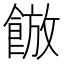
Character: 𮩀